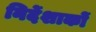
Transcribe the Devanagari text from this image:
निर्देशाकों